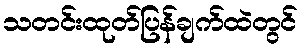
သတင်းထုတ်ပြန်ချက်ထဲတွင်